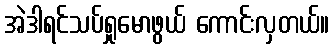
အဲဒါရင်သပ်ရှုမောဖွယ် ကောင်းလှတယ်။